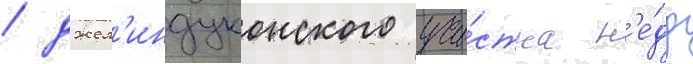
/ джел'индуконского уча́стка н'е́др